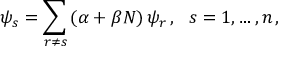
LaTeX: \psi _ { s } = \sum _ { r \ne s } \left( \alpha + \beta N \right) \psi _ { r } \, , \ \ s = 1 , \ldots , n \, ,